Annual administration report of the Civil Veterinary Department of India - 1893-1894
Year: 1893
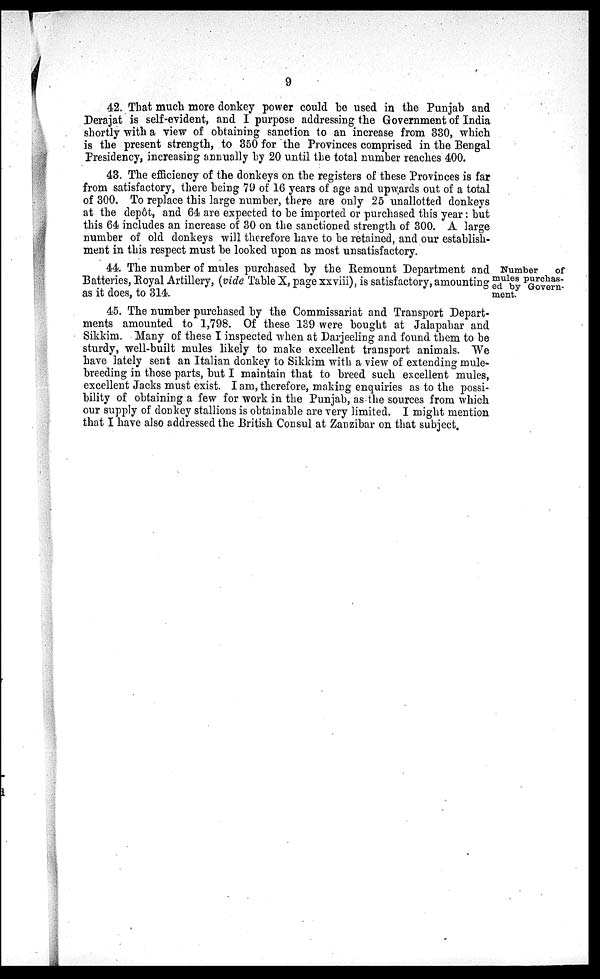
9
42. That much more donkey power could be used in the Punjab and
Derajat is self-evident, and I purpose addressing the Government of India
shortly with a view of obtaining sanction to an increase from 330, which
is the present strength, to 350 for the Provinces comprised in the Bengal
Presidency, increasing annually by 20 until the total number reaches 400.
43. The efficiency of the donkeys on the registers of these Provinces is far
from satisfactory, there being 79 of 16 years of age and upwards out of a total
of 300. To replace this large number, there are only 25 unallotted donkeys
at the depôt, and 64 are expected to be imported or purchased this year: but
this 64 includes an increase of 30 on the sanctioned strength of 300. A large
number of old donkeys will therefore have to be retained, and our establish-
ment in this respect must be looked upon as most unsatisfactory.
Number
of
mules purchas-
ed by Govern-
ment.
44. The number of mules purchased by the Remount Department and
Batteries, Royal Artillery, (vide Table X, page xxviii), is satisfactory, amounting
as it does, to 314.
45. The number purchased by the Commissariat and Transport Depart-
ments amounted to 1,798. Of these 139 were bought at Jalapahar and
Sikkim. Many of these I inspected when at Darjeeling and found them to be
sturdy, well-built mules likely to make excellent transport animals. We
have lately sent an Italian donkey to Sikkim with a view of extending mule-
breeding in those parts, but I maintain that to breed such excellent mules,
excellent Jacks must exist. I am, therefore, making enquiries as to the possi-
bility of obtaining a few for work in the Punjab, as the sources from which
our supply of donkey stallions is obtainable are very limited. I might mention
that I have also addressed the British Consul at Zanzibar on that subject.